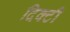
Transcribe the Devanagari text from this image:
दिक्टी